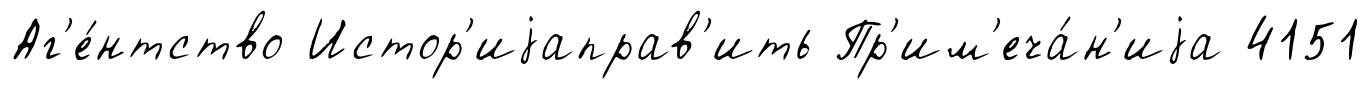
Аг'е́нтство Истор'иjаправ'ить Пр'им'еча́н'иjа 4151